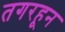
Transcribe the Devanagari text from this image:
तगरहून